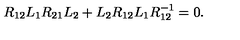
R _ { 1 2 } L _ { 1 } R _ { 2 1 } L _ { 2 } + L _ { 2 } R _ { 1 2 } L _ { 1 } R _ { 1 2 } ^ { - 1 } = 0 .